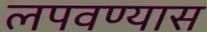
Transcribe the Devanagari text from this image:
लपवण्यास